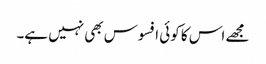
مجھے اس کا کوئی افسوس بھی نہیں ہے۔